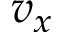
v _ { x }